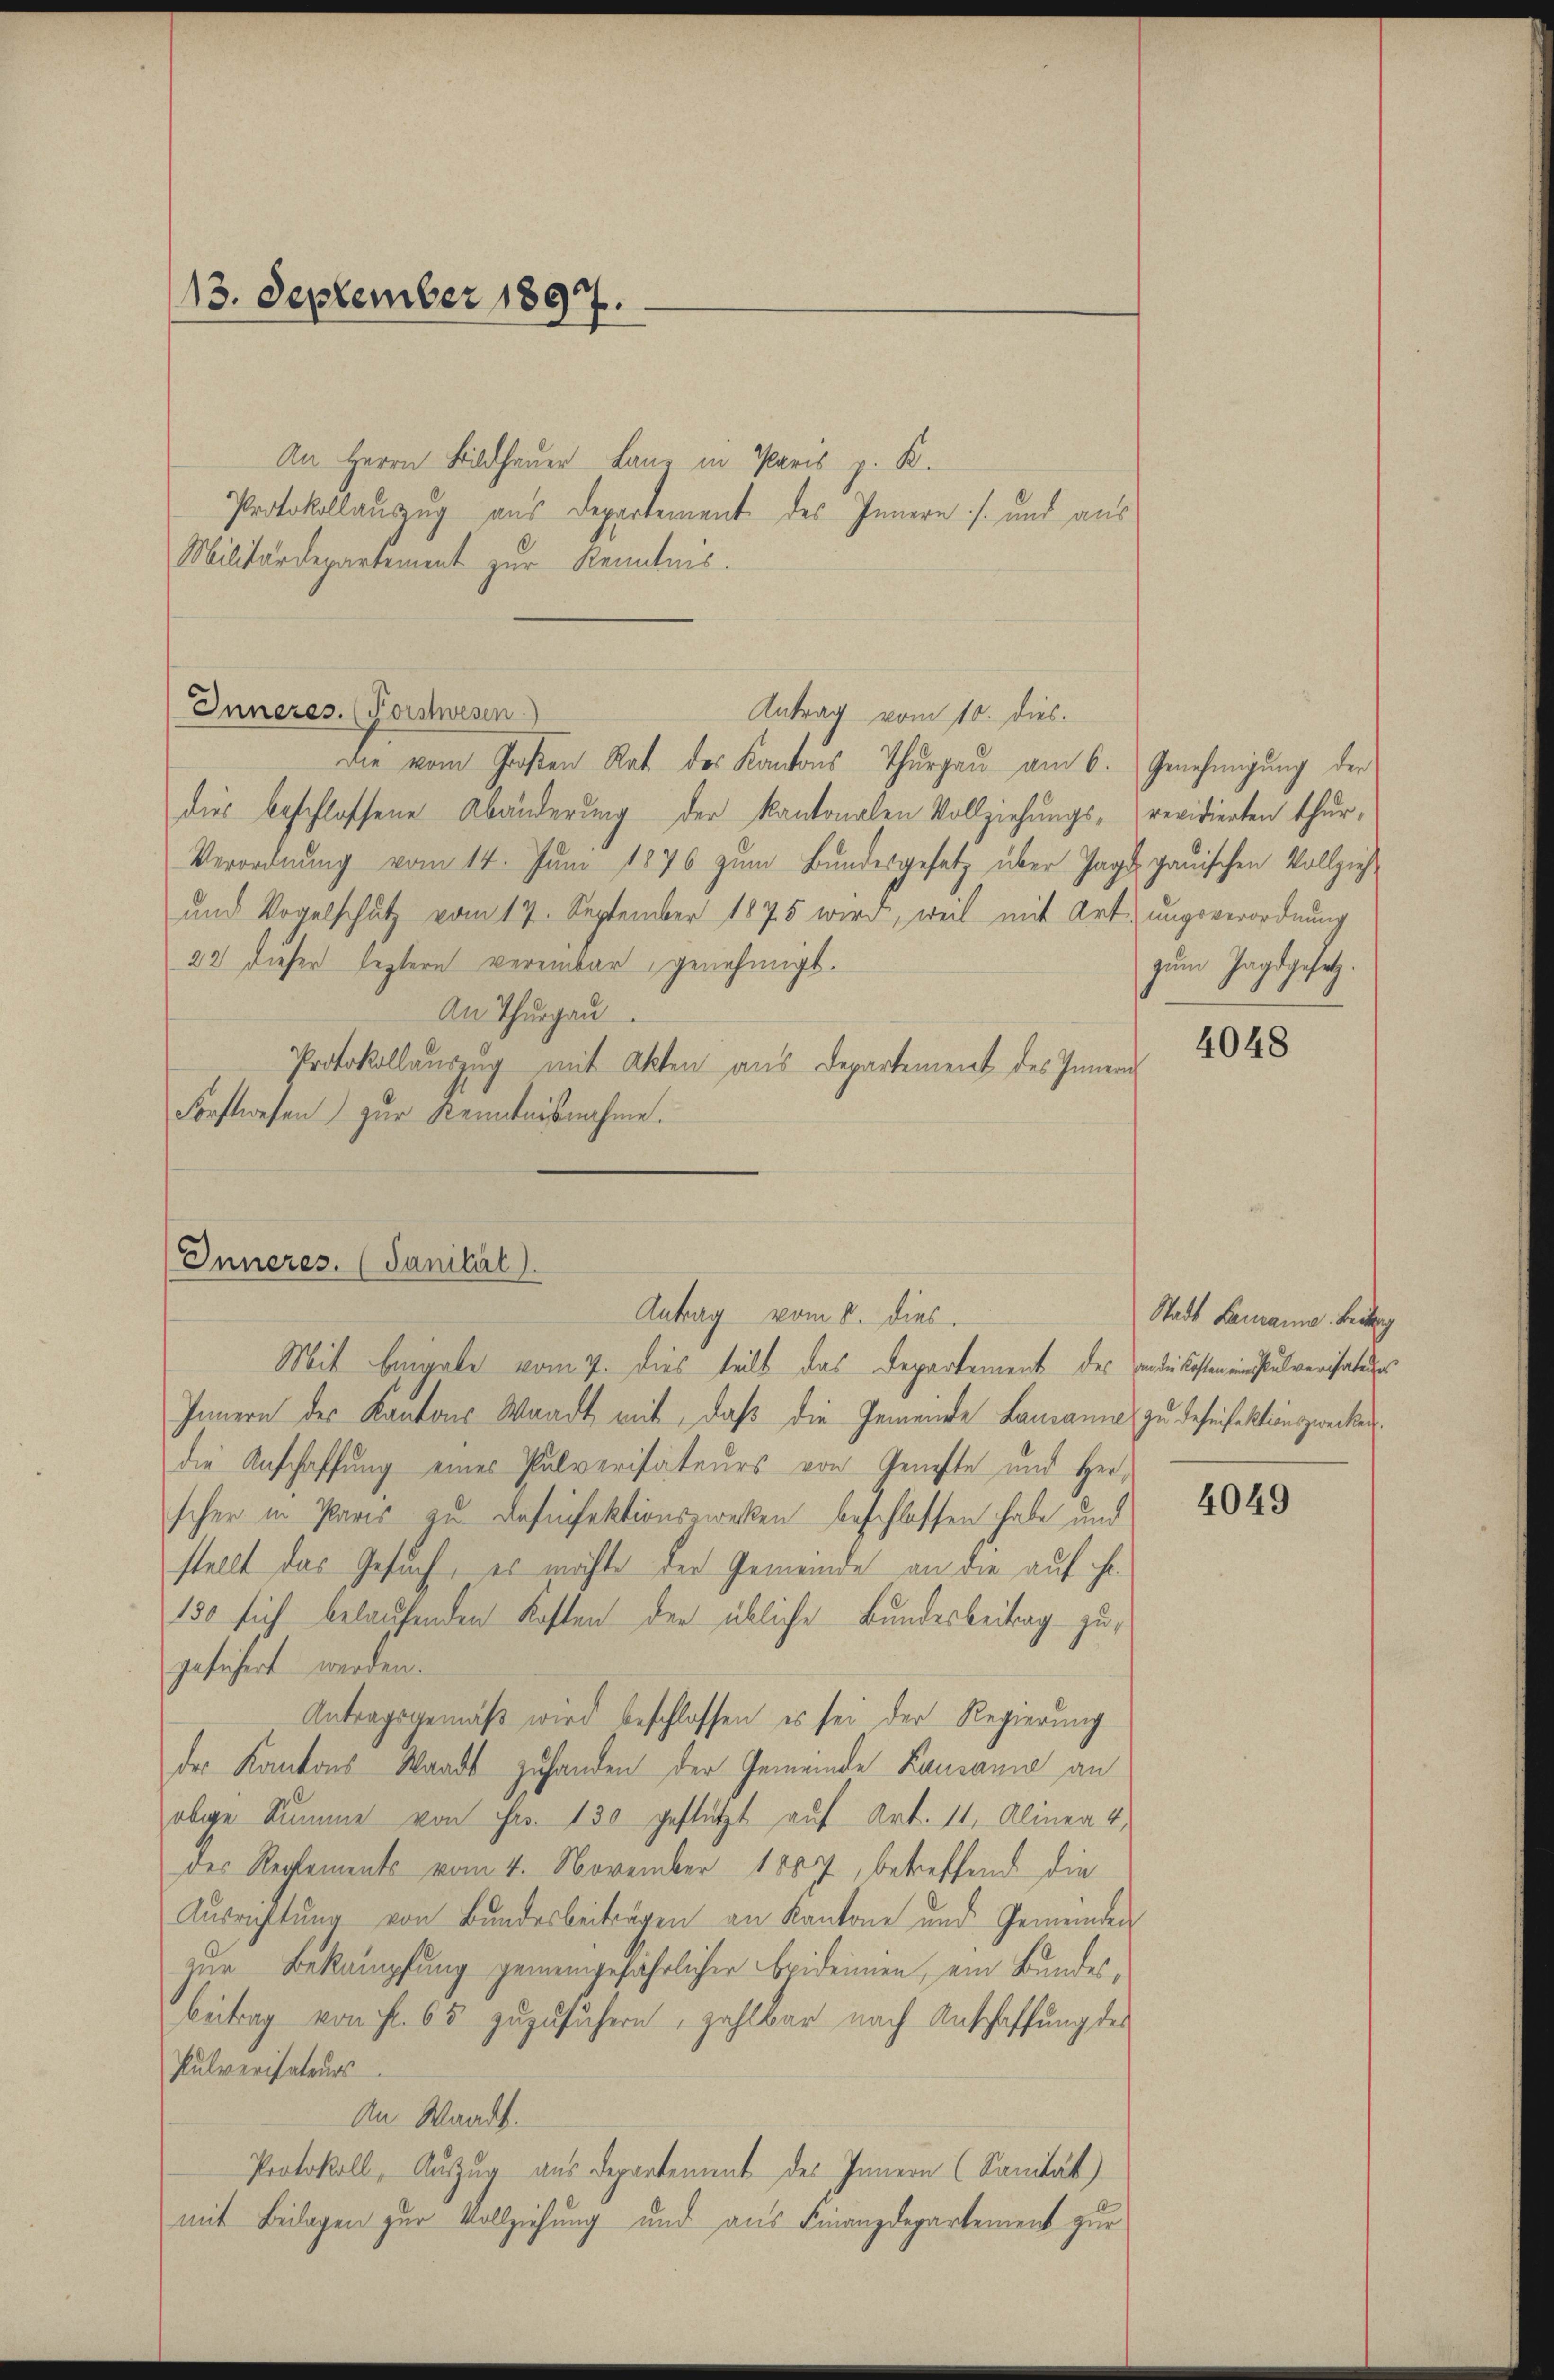
13. September 1897.

An Herrn Bildhauer Lanz in Paris K.
Protokollauszug aus Departement des Innern / und aus
Militärdepartement zur Kenntnis.

Inneres. (Forstwesen

Die vom Großen Rat des Kantons Thurgau am 6. Genehmigung der
dies beschlossene Abänderung der kantonalen Vollziehungs- revidierten thur,
Verordnung vom 14. Juni 1876 zum Bundesgesetz über Jage
und Vogelschutz vom 17. September 1875 wird, weil mit Art
22 dieser leztern vereinbar genehmigt.
An Thurgau
Protokollaŭszŭg mit Akten aus Departement des Innern
Forstwesen zur Kenntnisnahme.

Antrag vom 10. dies.

Inneres. (Sanität)
Antrag vom 8. dies

Mit Eingabe vom 7. dies teilt das Departement des die kosten ein Pulverhanders
Innern des Kantons Waadt mit, daß die Gemeinde Lausanne zu deseifektionszwecken
die Anschaffung eines Pulverisateurs von Geneste und Herscher in Paris zu Dahinfektionszweken beschlossen habe und
stellt das Gesuch, es möchte der Gemeinde an die auf ihr.
130 sich belaufenden Kosten der übliche Bundesbeitrag zugesichert werden.
Antragsgemäß wird beschlossen, es sei der Regierung
der Kantons Waadt zufanden der Gemeinde Lausanne an
obige Summe von Fr. 130 gestützt auf Art. 11, Alinea 4,
des Reglements vom 4. November 1887, betreffend die
Ausrichtŭng von Bundesbeiträgen an Kantone und Gemeinden
zur Bekämpfung gemeingefährlicher Epidemmen, ein Bundes,
Beitrag von fl. 65 zuzusichern, zahlbar nach Anschaffung des
Pulverisateurs
An Waadt.
Protokoll, Auszug aus Departement des Innern (Sanität)
mit Beilagen zur Vollziehung und aus Finanzdepartement zur

gauischen Vollzieh
ungsverordnung
zum Jagdgesetz.

4048

Stadt Lausanna. Beitung

4049